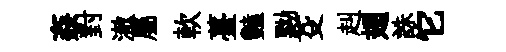
姦對澈屬軟薹豔黝芟赳翅誅它